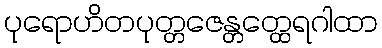
ပုရောဟိတပုတ္တဇေန္တတ္ထေရဂါထာ